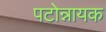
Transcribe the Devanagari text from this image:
पटोन्नायक